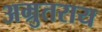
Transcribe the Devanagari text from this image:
अम्रुतराय